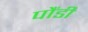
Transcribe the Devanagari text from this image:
पौंडी